Report on the cultivation and use of ganja
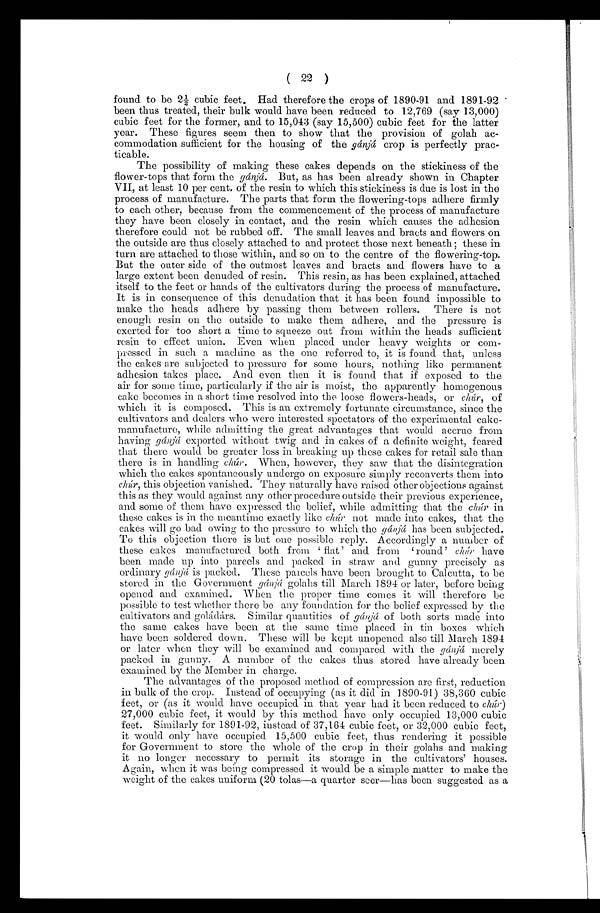
( 22 )
found to be 2½ cubic feet. Had therefore the crops of 1890-91 and 1891-92
been thus treated, their bulk would have been reduced to 12,769 (say 13,000)
cubic feet for the former, and to 15,043 (say 15,500) cubic feet for the latter
.
year. These figures seem then to show that the provision of golah ac-
commodation sufficient for the housing of the gánjà crop is perfectly prac-
ticable.
The possibility of making these cakes depends on the stickiness of the
flower-tops that form the gànjá. But, as has been already shown in Chapter
VII, at least 10 per cent. of the resin to which this stickiness is due is lost in the
process of manufacture. The parts that form the flowering-tops adhere firmly
to each other, because from the commencement of the process of manufacture
they have been closely in contact, and the resin which causes the adhesion
therefore could not be rubbed off. The small leaves and bracts and flowers on
the outside are thus closely attached to and protect those next beneath; these in
turn are attached to those within, and so on to the centre of the flowering-top.
But the outer side of the outmost leaves and bracts and flowers have to a
large extent been denuded of resin. This resin, as has been explained, attached
itself to the feet or hands of the cultivators during the process of manufacture.
It is in consequence of this denudation that it has been found impossible to
make the heads adhere by passing them between rollers. There is not
enough resin on the outside to make them adhere, and the pressure is
exerted for too short a time to squeeze out from within the heads sufficient
resin to effect union. Even when placed under heavy weights or com-
pressed in such a machine as the one referred to, it is found that, unless
the cakes are subjected to pressure for some hours, nothing like permanent
adhesion takes place. And even then it is found that if exposed to the
air for some time, particularly if the air is moist, the apparently homogenous
cake becomes in a short time resolved into the loose flowers-heads, or chùr, of
which it is composed. This is an extremely fortunate circumstance, since the
cultivators and dealers who were interested spectators of the experimental cake-
manufacture, while admitting the great advantages that would accrue from
having gánjà exported without twig and in cakes of a definite weight, feared
that there would be greater loss in breaking up these cakes for retail sale than
there is in handling chúr. When, however, they saw that the disintegration
which the cakes spontaneously undergo on exposure simply reconverts them into
chùr, this objection vanished. They naturally have raised other objections against
this as they would against any other procedure outside their previous experience,
and some of them have expressed the belief, while admitting that the chùr in
these cakes is in the meantime exactly like chùr' not made into cakes, that the
cakes will go bad owing to the pressure to which the gànjà has been subjected.
To this objection there is but one possible reply. Accordingly a number of
these cakes manufactured both from flat' and. from 'round' c hùr have
been made up into parcels and packed in straw and gunny precisely as
ordinary gànjà is packed. These parcels have been brought to Calcutta, to be
stored in the Government gànjà golahs till March 1894 or later, before being
opened and examined. - When the proper time comes it will therefore be
possible to test whether there be any foundation for the belief expressed by the
cultivators and golàdàrs. Similar quantities of gànjà of both sorts made into
the same cakes have been at the same time placed in tin boxes which
have been soldered down. These will be kept unopened also till March 1894
or later when they will be examined and compared with the gànjà merely
packed in gunny. A number of the cakes thus stored have already been
examined by the Member in charge,
The advantages of the proposed method of compression are first, reduction
in bulk of the crop. Instead of occupying (as it did in 1890-91) 38,360 cubic
feet, or (as it would have occupied in that year had it been reduced to chùr)
27,000 cubic feet, it would by this method have only occupied 13,000 cubic
feet. Similarly for 1891-92, instead of 37,164 cubic feet, or 32,000 cubic feet,
it would only have occupied 15,500 cubic feet, thus rendering it possible
for Government to store the whole of the crop in their golahs and making
it no longer necessary to permit its storage in the cultivators' houses.
Again, when it was being compressed it would be a simple matter to make the
weight of the cakes uniform (20 tolas—a quarter seer—has been suggested as a